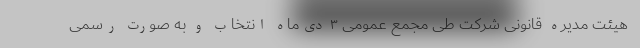
هیئت مدیره قانونی شرکت طی مجمع عمومی ۳ دی‌ماه انتخاب و به صورت رسمی